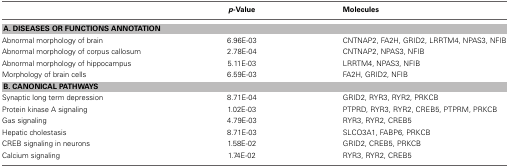
|  | p-Value | Molecules |
 | --- | --- | --- |
 | <COLSPAN=3> A. DISEASES OR FUNCTIONS ANNOTATION |
 | Abnormal morphology of brain | 6.96E-03 | CNTNAP2, FA2H, GRID2, LRRTM4, NPAS3, NFIB |
 | Abnormal morphology of corpus callosum | 2.78E-04 | CNTNAP2, NPAS3, NFIB |
 | Abnormal morphology of hippocampus | 5.11E-03 | LRRTM4, NPAS3, NFIB |
 | Morphology of brain cells | 6.59E-03 | FA2H, GRID2, NFIB |
 | <COLSPAN=3> B. CANONICAL PATHWAYS |
 | Synaptic long term depression | 8.71E-04 | GRID2, RYR3, RYR2, PRKCB |
 | Protein kinase A signaling | 1.02E-03 | PTPRD, RYR3, RYR2, CREB5, PTPRM, PRKCB |
 | Gαs signaling | 4.79E-03 | RYR3, RYR2, CREB5 |
 | Hepatic cholestasis | 8.71E-03 | SLCO3A1, FABP6, PRKCB |
 | CREB signaling in neurons | 1.58E-02 | GRID2, CREB5, PRKCB |
 | Calcium signaling | 1.74E-02 | RYR3, RYR2, CREB5 |